Lyperosia minuta, Bezzi - Number 59
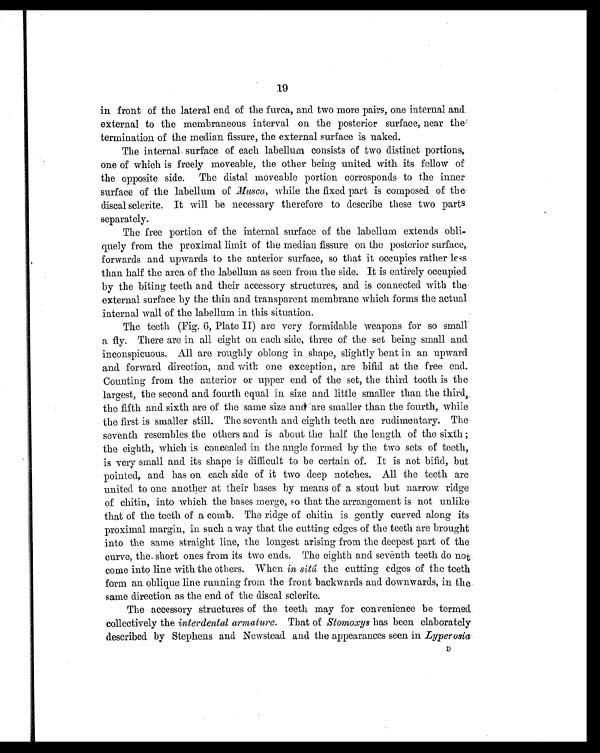
19
in front of the lateral end of the furca, and two more pairs, one internal and
external to the membraneous interval on the posterior surface, near the
termination of the median fissure, the external surface is naked.
The internal surface of each labellum consists of two distinct portions,
one of which is freely moveable, the other being united with its fellow of
the opposite side. The distal moveable portion corresponds to the inner
surface of the labellum of Musca, w h i l e t h e f i x e d p a r t i s c o m p o s e d o f t h e
discal sclerite. It will be necessary therefore to describe these two parts
separately.
The free portion of the internal surface of the labellum extends obli
- q u e l y f r o m t h e p r o x i m a l l i m i t o f t h e m e d i a n f i s s u r e o n t h e p o s t e r i o r s u r f a c e ,
forwards and upwards to the anterior surface, so that it occupies rather less
than half the area of the labellum as seen from the side. It is entirely occupied
by the biting teeth and their accessory structures, and is connected with the
external surface by the thin and transparent membrane which forms the actual
internal wall of the labellum in this situation.
The teeth (Fig. 6, Plate II) are very formidable weapons for so small
a fiy. There are in all eight on each side, three of the set being small and
inconspicuous. All are roughly oblong in shape, slightly bent in an upward
and forward direction, and with one exception, are bifid at the free end.
Counting from the anterior or upper end of the set, the third tooth is the
largest, the second and fourth equal in size and little smaller than the third,
the fifth and sixth are of the same size and are smaller than the fourth, while
the first is smaller still. The seventh and eighth teeth are rudimentary. The
seventh resembles the others and is about the half the length of the sixth ;
the eighth, which is concealed in the angle formed by the two sets of teeth,
is very small and its shape is difficult to be certain of. It is not bifid, but
pointed, and has on each side of it two deep notches. All the teeth are
united to one another at their bases by means of a stout but narrow ridge
of chitin, into which the bases merge, so that the arrangement is not unlike
that of the teeth of a comb. The ridge of chitin is gently curved along its
proximal margin, in such a way that the cutting edges of the teeth are brought
into the same straight line, the longest arising from the deepest part of the
curve, the short ones from its two ends. The eighth and seventh teeth do not
come into line with the others. When in sitût h e c u t t i n g e d g e s o f t h e t e e t h
form an oblique line running from the front backwards and downwards, in the
same direction as the end of the discal sclerite.
The accessory structures of the teeth may for convenience be termed
collectively the interdental armature . That of Stomoxys has been elaborately
described by Stephens and Newstead and the appearances seen in Lyperosia D